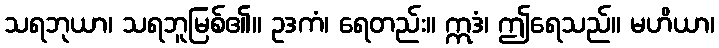
သရဘုယာ၊ သရဘူမြစ်၏။ ဥဒကံ၊ ရေတည်း။ ဣဒံ၊ ဤရေသည်။ မဟိယာ၊